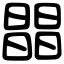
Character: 𣊭